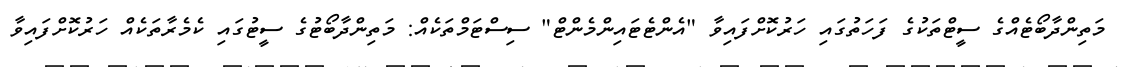
މަތިންދާބޯޓެއްގެ ސީޓްތަކުގެ ފަހަތުގައި ހަރުކޮށްފައިވާ "އެންޓެޓައިންމެންޓް" ސިސްޓަމްތަކެއް: މަތިންދާބޯޓުގެ ސީޓުގައި ކެމެރާތަކެއް ހަރުކޮށްފައިވާ